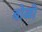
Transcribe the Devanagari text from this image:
बोळी